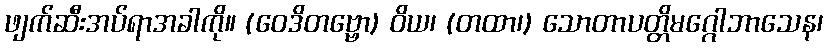
ဖျက်ဆီးအပ်ရာအခါကို။ (ဝေဒိတဗ္ဗော) ဝိယ၊ (တထာ၊) သောတာပတ္တိမဂ္ဂေါဘာသေန၊